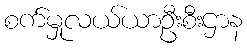
စက်မှုလယ်ယာဦးစီးဌာန